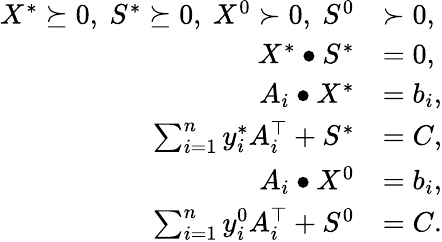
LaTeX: \begin{array}{rl}{X^{*}\succeq 0,~S^{*}\succeq 0,~X^{0}\succ 0,~S^{0}}&{\succ 0,}\\ {X^{*}\bullet S^{*}}&{=0,}\\ {A_{i}\bullet X^{*}}&{=b_{i},}\\ {\sum_{i=1}^{n}y_{i}^{*}A_{i}^{\top}+S^{*}}&{=C,}\\ {A_{i}\bullet X^{0}}&{=b_{i},}\\ {\sum_{i=1}^{n}y_{i}^{0}A_{i}^{\top}+S^{0}}&{=C.}\end{array}